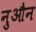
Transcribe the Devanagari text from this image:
नुऔन